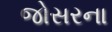
જોસરના